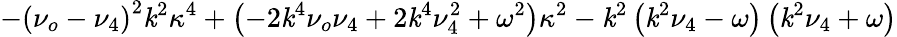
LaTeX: -\left(\nu_{o}-\nu_{4}\right)^{2}\mathit{k}^{2}\kappa^{4}+\left(-2\mathit{k}^{4}\nu_{o}\nu_{4}+2\mathit{k}^{4}\nu_{4}^{2}+\omega^{2}\right)\kappa^{2}-\mathit{k}^{2}\left(\mathit{k}^{2}\nu_{4}-\omega\right)\left(\mathit{k}^{2}\nu_{4}+\omega\right)